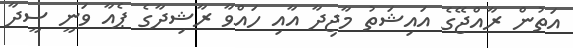
އަތުން ރާއްޖޭގެ އައިޝަތު މާޖިދާ އާއި ހައްވާ ރާޝިދާގެ ޕެއާ ވަނީ ސީދާ